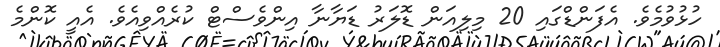
ހުޅުވުމެވެ. އެފަންޑްގައި 20 މިލިއަން ޑޮލަރު ޑަޔާނާ އިންވެސްޓް ކުރެއްވިއެވެ. އެއީ ކޮންމެ